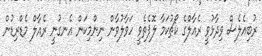
ރުބިއެލެސް ވިދާޅުވީ ރެއާލްގެ ކޯޗުކަމާ ލޮޕެތެވީ ހަވާލުވާން ނިންމިކަން އެނގުނީ ރެއާލް މެޑްރިޑުން